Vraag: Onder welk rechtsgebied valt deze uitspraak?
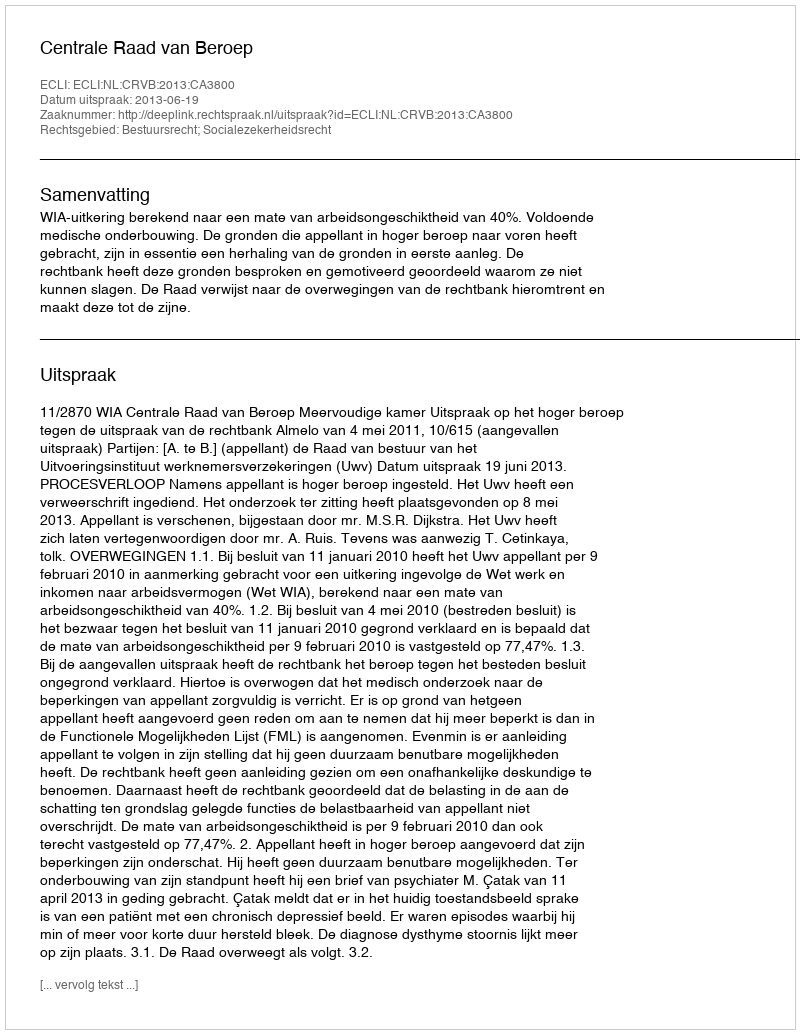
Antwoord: Bestuursrecht; Socialezekerheidsrecht